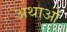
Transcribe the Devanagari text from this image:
अथाओं